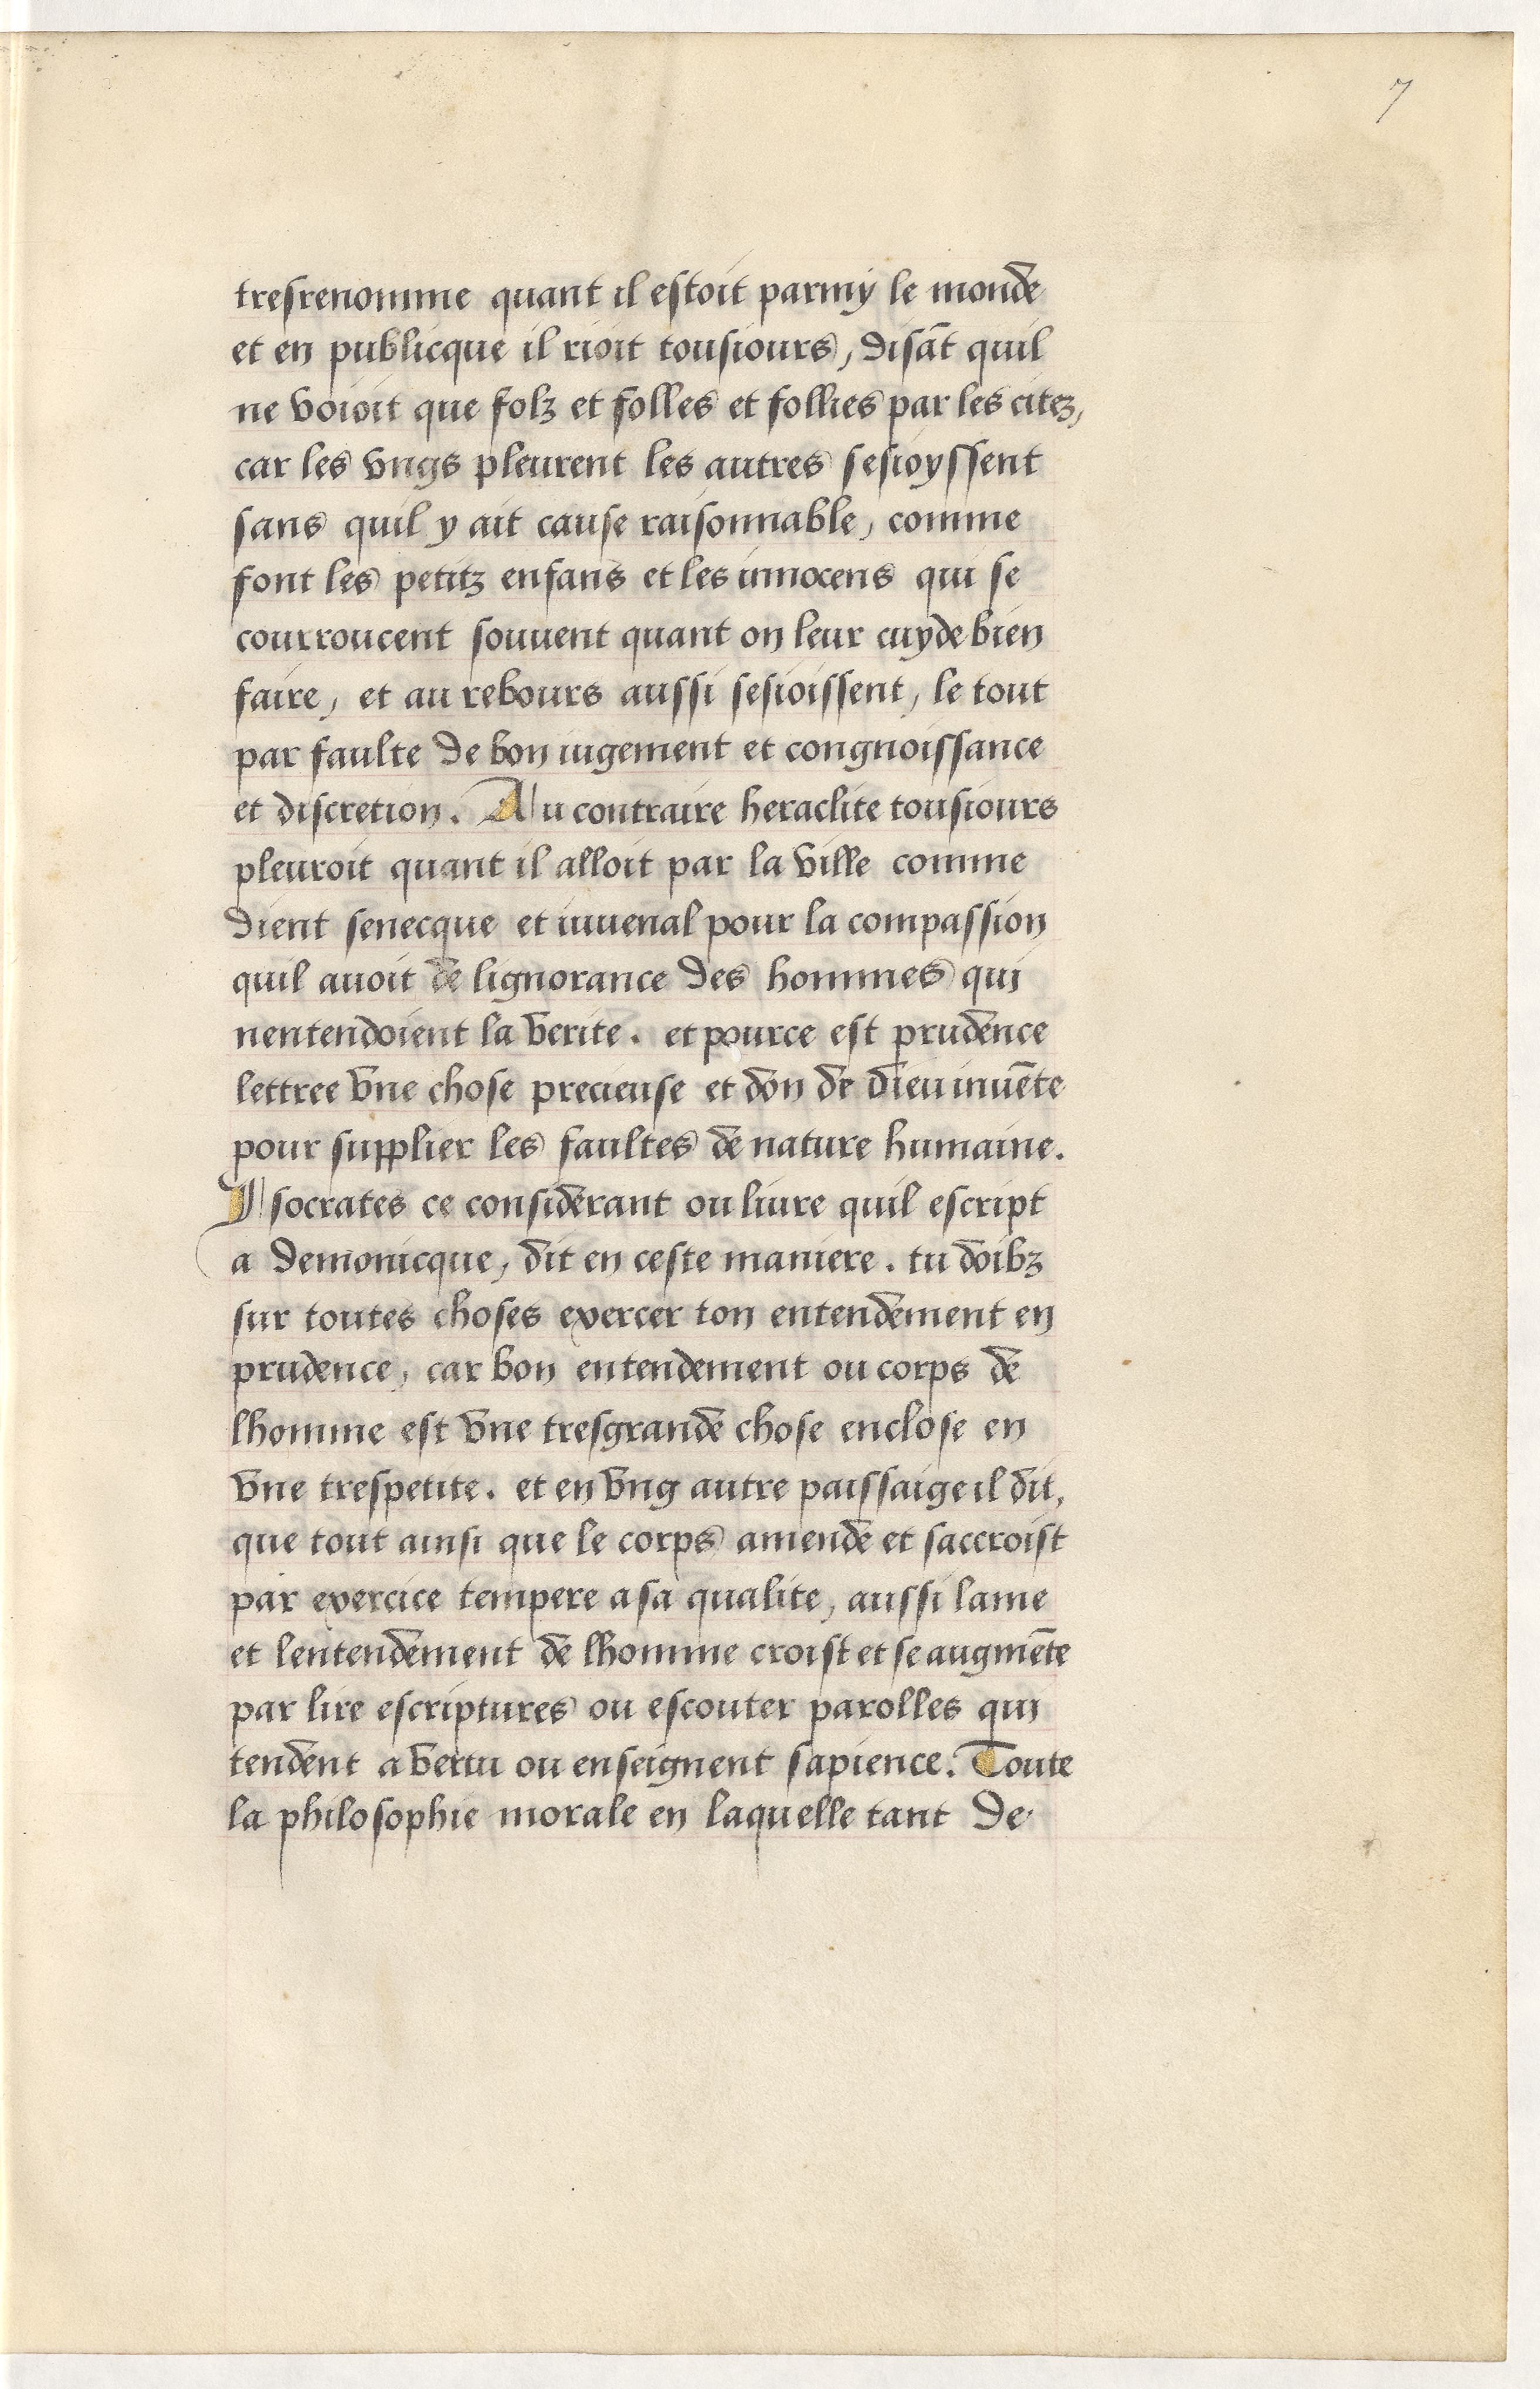
Shelfmark: Paris, BnF, Arsenal, 5103
Century: 15